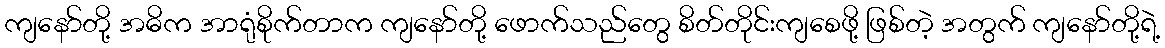
ကျနော်တို့ အဓိက အာရုံစိုက်တာက ကျနော်တို့ ဖောက်သည်တွေ စိတ်တိုင်းကျစေဖို့ ဖြစ်တဲ့ အတွက် ကျနော်တို့ရဲ့